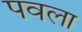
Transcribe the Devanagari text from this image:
पवला